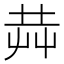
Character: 𰰥